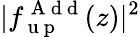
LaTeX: |f_{\mathrm{~u~p~}}^{\mathrm{~A~d~d~}}(z)|^{2}